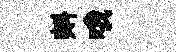
㪺哦